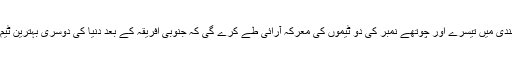
عالمی درجہ بندی میں تیسرے اور چوتھے نمبر کی دو ٹیموں کی معرکہ آرائی طے کرے گی کہ جنوبی افریقہ کے بعد دنیا کی دوسری بہترین ٹیم کون بنے گا؟